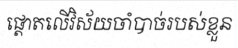
ផ្តោតលើវិស័យចាំបាច់របស់ខ្លួន